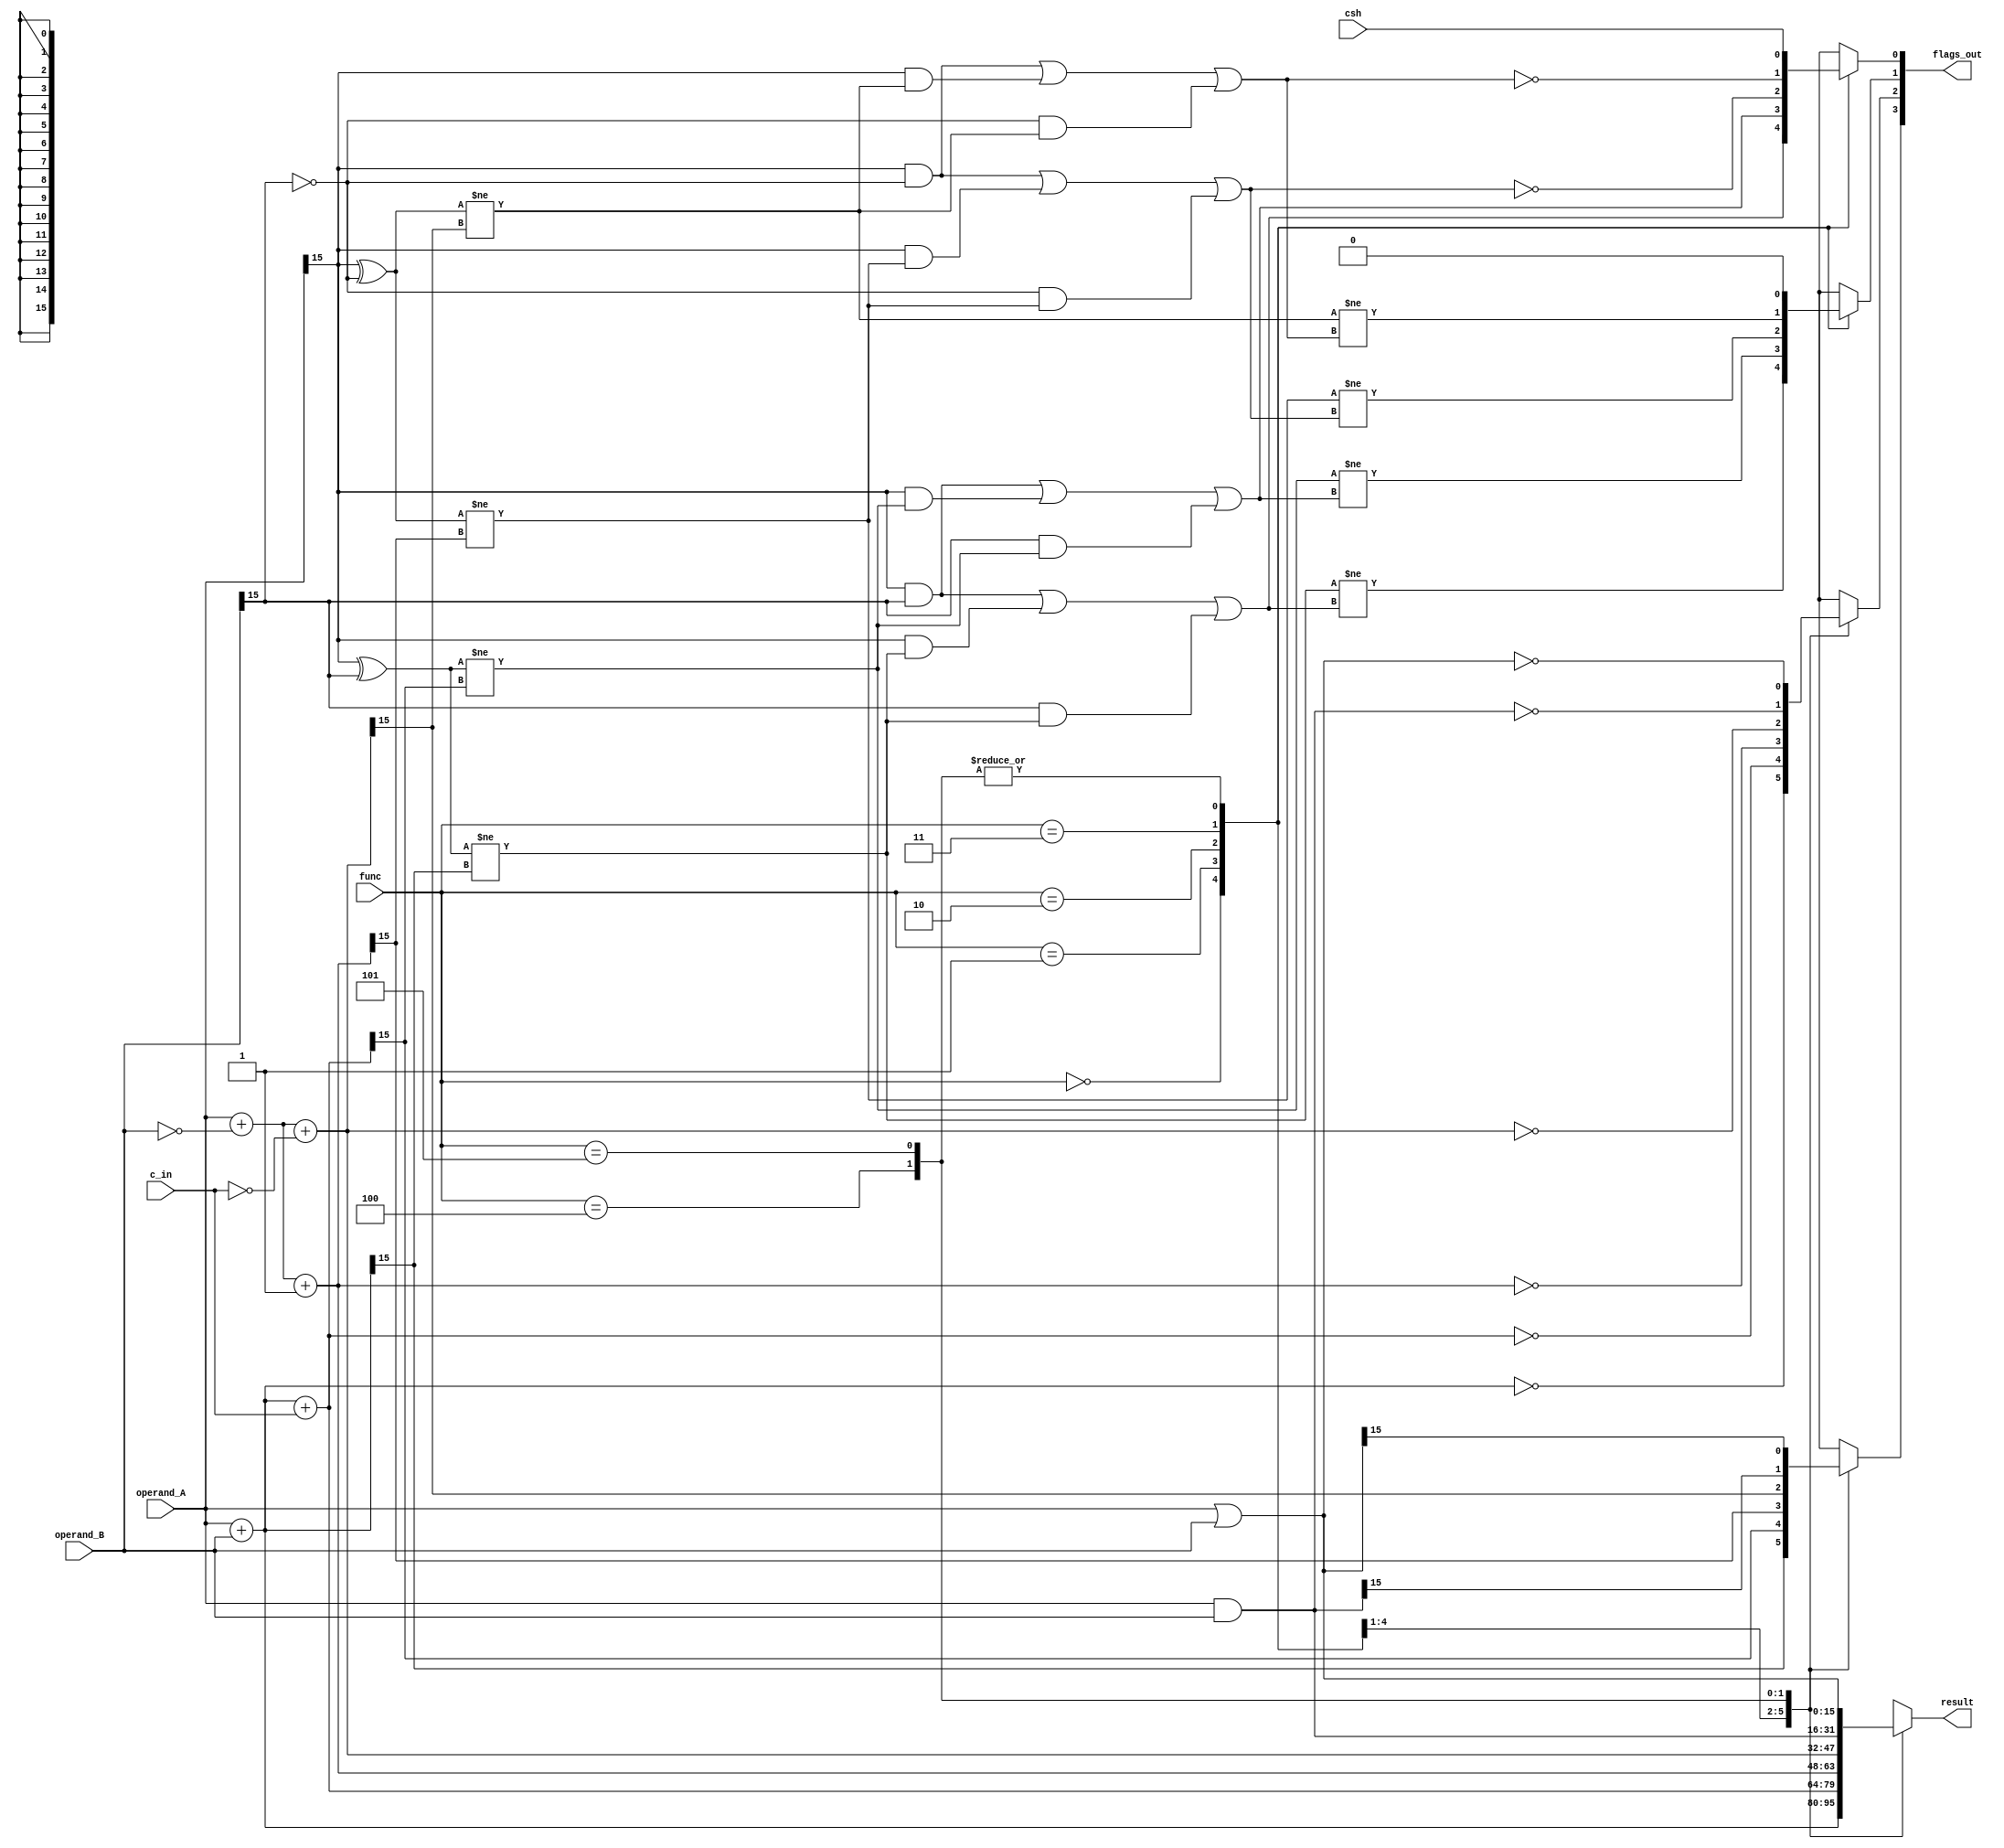
module Stump_ALU (input  wire [15:0] operand_A,		// First operand
                  input  wire [15:0] operand_B,		// Second operand
		          input  wire [ 2:0] func,			// Function specifier
		          input  wire        c_in,			// Carry input
		          input  wire        csh,  			// Carry from shifter
		          output reg  [15:0] result,		// ALU output
		          output reg  [ 3:0] flags_out);	// Flags {N, Z, V, C}


/* - - - - - - - - - - - - - - - - - - - - - - - - - - - - - - - - - - - - - -*/
/* Declarations of any internal signals and buses used                        */

reg C14, C15; /* Setting registers for the carry value of bit 14 and 15 */

/* - - - - - - - - - - - - - - - - - - - - - - - - - - - - - - - - - - - - - -*/

/* - - - - - - - - - - - - - - - - - - - - - - - - - - - - - - - - - - - - - -*/
/* Verilog code                                                               */

/* Executes the always block every time a signal is recieved */
always @ (*)
begin
	/* Making a case to catch each function */
	case (func)
		3'b000: /* ADD */
		begin
			result = operand_A + operand_B;
			/* Setting the flags for ADD */
			flags_out[3] = (result[15] == 1);
			flags_out[2] = (result == 16'b0000_0000_0000_0000);
			/* Calculating the Carry from bit 14 and bit 15 */
			C14 = ((operand_A[15] ^ operand_B[15]) != result[15]);
			C15 = (operand_A[15] & operand_B[15]) | (operand_A[15] & C14) | (operand_B[15] & C14);
			flags_out[1] = (C14 != C15);
			flags_out[0] = C15;
		end

		3'b001: /* ADC */
		begin
			result = operand_A + operand_B + c_in;
			/* Setting the flags for ADC */
			flags_out[3] = (result[15] == 1);
			flags_out[2] = (result == 16'b0000_0000_0000_0000);
			/* Calculating the Carry from bit 14 and bit 15 */
			C14 = ((operand_A[15] ^ operand_B[15]) != result[15]);
			C15 = (operand_A[15] & operand_B[15]) | (operand_A[15] & C14) | (operand_B[15] & C14);
			flags_out[1] = (C14 != C15);
			flags_out[0] = C15;
		end

		3'b010: /* SUB */
		begin
			result = operand_A + ~operand_B + 1;
			/* Setting the flags for SUB */
			flags_out[3] = (result[15] == 1);
			flags_out[2] = (result == 16'b0000_0000_0000_0000);
			/* Calculating the Carry from bit 14 and bit 15 */
			C14 = ((operand_A[15] ^ (~operand_B[15])) != result[15]);
			C15 = (operand_A[15] & (~operand_B[15])) | (operand_A[15] & C14) | ((~operand_B[15]) & C14);
			flags_out[1] = (C14 != C15);
			flags_out[0] = ~C15;
		end

		3'b011: /* SBC */
		begin
			result = operand_A + ~operand_B + {15'b0, ~c_in} ;
			/* Setting the flags for SBC */
			flags_out[3] = (result[15] == 1);
			flags_out[2] = (result == 16'b0000_0000_0000_0000);
			/* Calculating the Carry from bit 14 and bit 15 */
			C14 = ((operand_A[15] ^ (~operand_B[15])) != result[15]);
			C15 = (operand_A[15] & (~operand_B[15])) | (operand_A[15] & C14) | ((~operand_B[15]) & C14);
			flags_out[1] = (C14 != C15);
			flags_out[0] = ~C15;
		end

		3'b100: /* AND */
		begin
			/* Simple logic AND operator */
			result = operand_A & operand_B;
			/* Setting the flags for AND */
			flags_out[3] = (result[15] == 1);
			flags_out[2] = (result == 16'b0000_0000_0000_0000);
			flags_out[1] = 1'b0;
			flags_out[0] = csh;
		end

		3'b101: /* OR */
		begin
			/* Simple logic OR operator */
			result = operand_A | operand_B;
			/* Setting the flags for OR */
			flags_out[3] = (result[15] == 1);
			flags_out[2] = (result == 16'b0000_0000_0000_0000);
			flags_out[1] = 1'b0;
			flags_out[0] = csh;
		end

		/* Default case to catch anything that may have slipped past the other cases */
		/* The default case also catches the LD/ST */
		/* and the BCC instructions */
		default:
		begin
			result = 16'bx;
			flags_out = 4'bx;
		end
	endcase
end

/* - - - - - - - - - - - - - - - - - - - - - - - - - - - - - - - - - - - - - -*/

/*----------------------------------------------------------------------------*/

endmodule